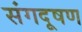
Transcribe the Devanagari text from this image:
संगदूषण